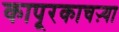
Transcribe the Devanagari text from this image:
कापूरकाचऱ्या